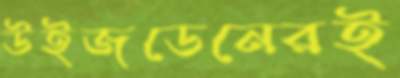
উইজডেনেরই